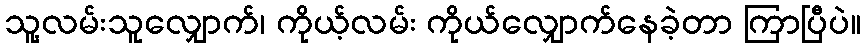
သူ့လမ်းသူလျှောက်၊ ကိုယ့်လမ်း ကိုယ်လျှောက်နေခဲ့တာ ကြာပြီပဲ။